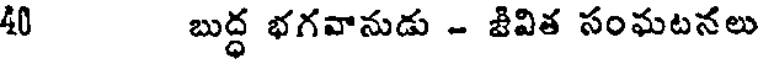
40 బుద్ధ భగవానుడు - జివిత సంఘటనలు